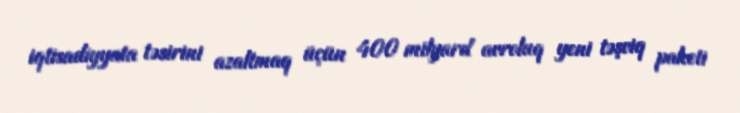
iqtisadiyyata təsirini azaltmaq üçün 400 milyard avroluq yeni təşviq paketi